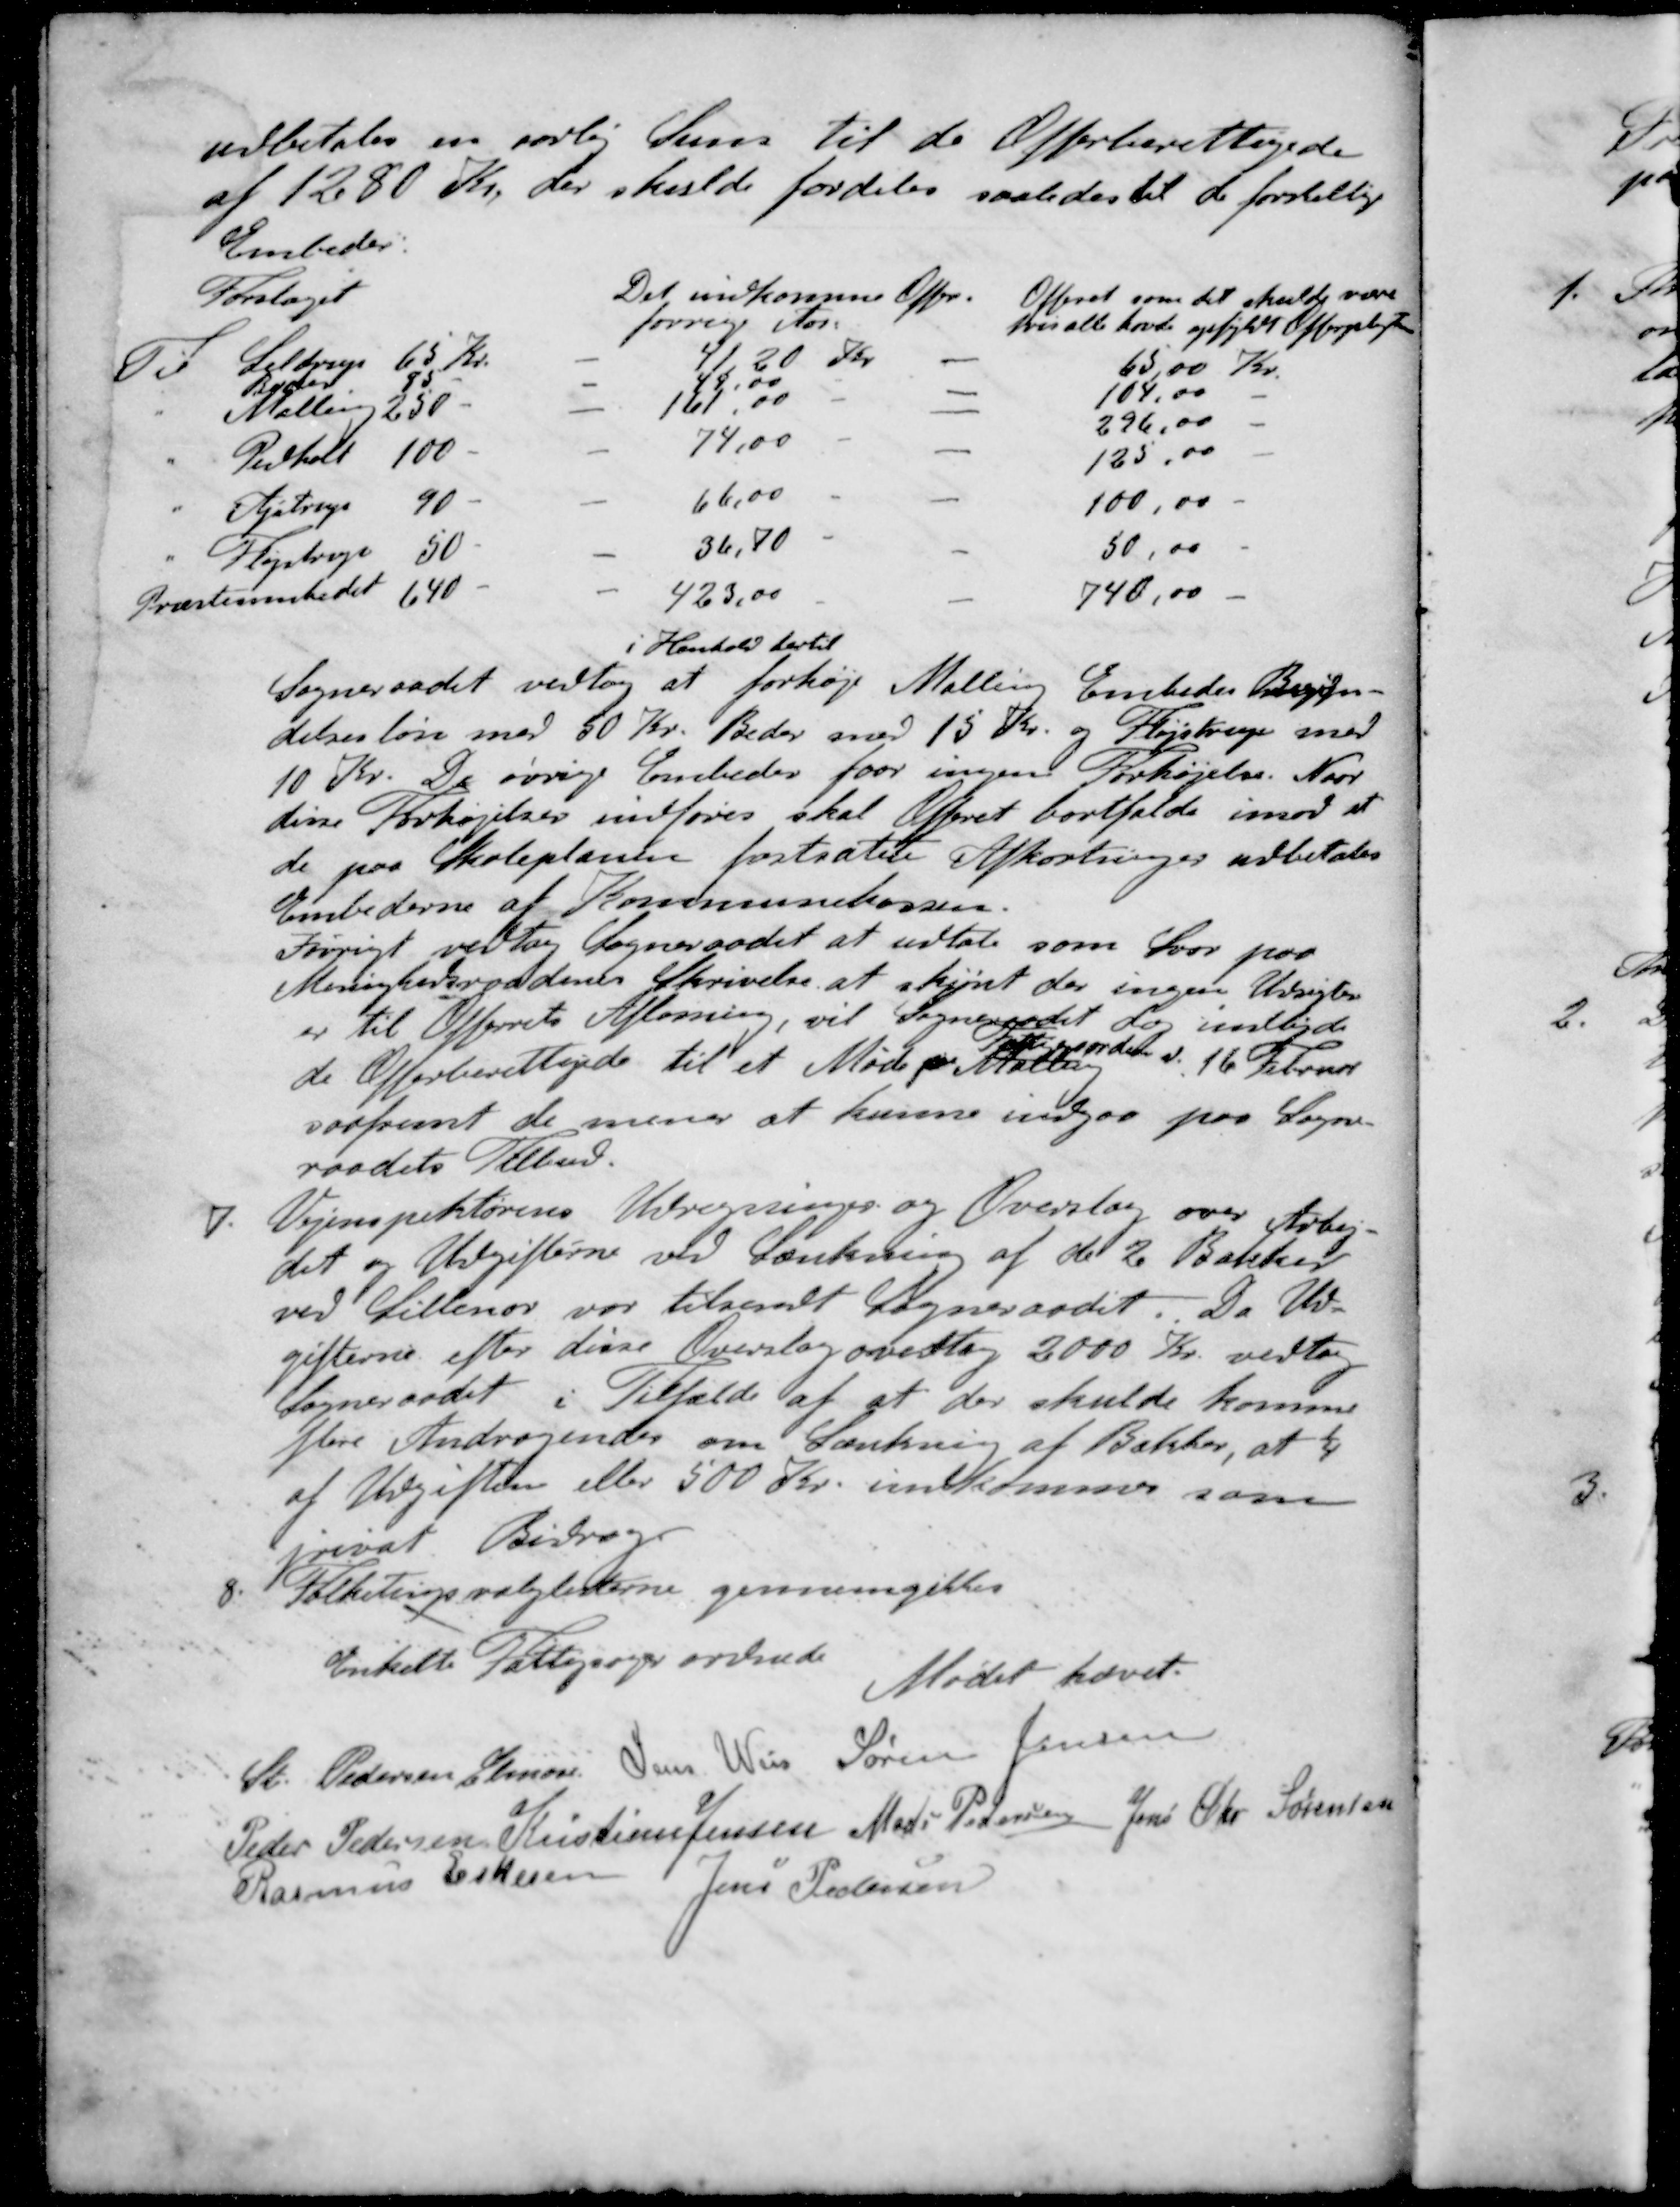
Transskription:
i Henhold hertil
Sogneraadet vedtog at forhøje Malling Embedes Begyn-
delsesløn med 50 Kr. Beder med 15 Kr. og Fløjstrup med
10 Kr. De øvrige Embeder faar ingen Forhøjelse. Naar
disse Forhøjelser indføres skal Offeret bortfalde imod at
de paa Skoleplanen fastsatte Afkortninger udbetales
Embederne af Kommunekassen.
Iøvrigt vedtog Sogneraadet at udtale som Svar paa
Menighedsraadenes Skrivelse at skjønt der ingen Udsigter
er til Offerrets Afløsning, vil Sogneraadet dog indbyde
Fattiggaarden
de Offerberettigede til et Møde pr. Malling d. 16 Februar
saafremt de mener at kunne indgaa paa Sogne-
raadets Tilbud.
7. Vejinspektørens Udregninger og Overslag over Arbej-
det og Udgifterne ved Sænkning af de 2 Bakker
ved Lillenor var tilsendt Sogneraadet. Da Ud-
gifterne efter disse Overslag oversteg 2000 Kr. vedtog
Sogneraadet i Tilfælde af at der skulde komme
flere Andragendes om Sænkning af Bakker, at 1/4
af Udgiften eller 500 Kr. indkommer som
privat Bidrag
8. Folketingsvalglisterne gennemgikkes
Enkelte Fattigsager ordnede
Mødet hævet.
St Pedersen Elmose
Jens Weis
Søren Jensen
Peder Pedersen
Kristian Jensen
Mads Pedersen
Jens Chr Sørensen
Rasmus Eskesen
Jens Pedersen